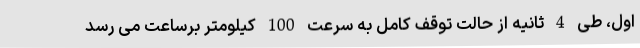
اول، طی 4 ثانیه از حالت توقف کامل به سرعت 100 کیلومتر برساعت می رسد